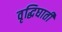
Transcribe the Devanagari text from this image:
वृद्धिघाती